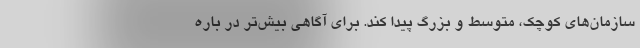
سازمان‌های کوچک، متوسط و بزرگ پیدا کند. برای آگاهی بیش‌تر در باره